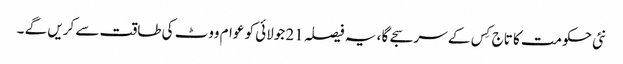
نئی حکومت کا تاج کِس کے سر سجے گا ، یہ فیصلہ 21 جولائی کو عوام ووٹ کی طاقت سے کریں گے ۔